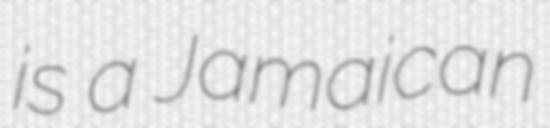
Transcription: is a Jamaican